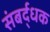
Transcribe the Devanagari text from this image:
संबर्द्धक